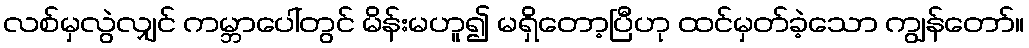
လစ်မှလွဲလျှင် ကမ္ဘာပေါ်တွင် မိန်းမဟူ၍ မရှိတော့ပြီဟု ထင်မှတ်ခဲ့သော ကျွန်တော်။